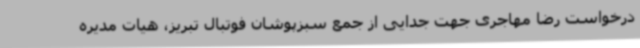
درخواست رضا مهاجری جهت جدایی از جمع سبزپوشان فوتبال تبریز، هیات مدیره